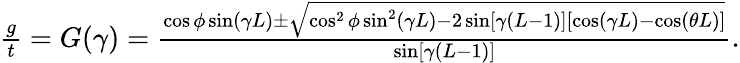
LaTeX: \begin{array}{r}{\frac{g}{t}=G(\gamma)=\frac{\cos\phi\sin(\gamma L)\pm\sqrt{\cos^{2}\phi\sin^{2}(\gamma L)-2\sin[\gamma(L-1)][\cos(\gamma L)-\cos(\theta L)]}}{\sin[\gamma(L-1)]}.}\end{array}